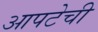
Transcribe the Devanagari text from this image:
आपटेची